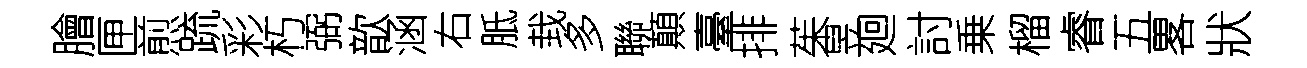
膾匣煎䟽彩朽弼歆涵右胝㘽多聯顛臺排茱昱廻討乗榴睿五畧狀